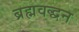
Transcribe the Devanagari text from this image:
ब्रह्मवद्धन